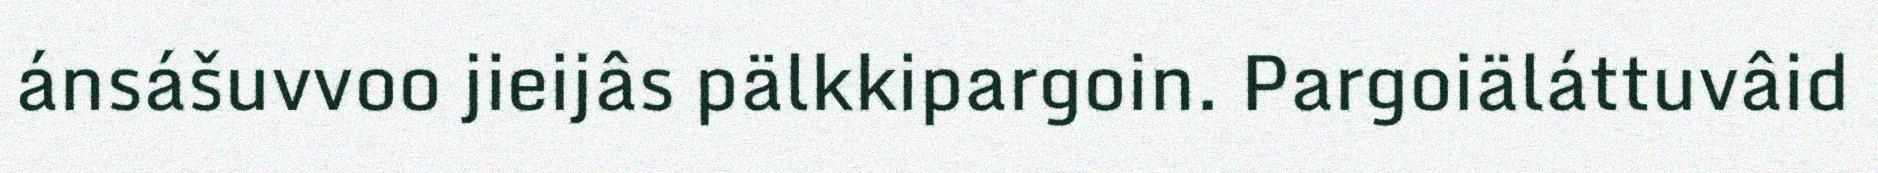
ánsášuvvoo jieijâs pälkkipargoin. Pargoiäláttuvâid